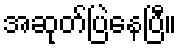
အဆုတ်ပြဲနေပြီ။